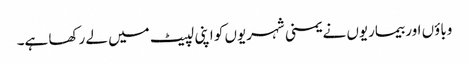
وباؤں اور بیماریوں نے یمنی شہریوں کو اپنی لپیٹ میں لے رکھا ہے۔